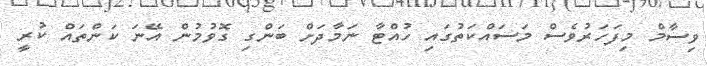
ވިސާމް މިފަހަރުވެސް މަސައްކަތުގައި ހުއްޓާ ނަމާދަށް ބަންގި ގޮވުމުން އޭނަ ކަންތައް ކުރީ